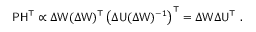
\mathsf { P } \mathsf { H } ^ { \top } \propto \Delta \mathsf { W } ( \Delta \mathsf { W } ) ^ { \top } \left( \Delta \mathsf { U } ( \Delta \mathsf { W } ) ^ { - 1 } \right) ^ { \top } = \Delta \mathsf { W } \Delta \mathsf { U } ^ { \top } \mathrm { ~ . ~ }